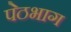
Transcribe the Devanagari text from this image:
पेठभाग